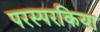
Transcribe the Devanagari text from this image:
परस्परकिया